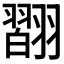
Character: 𦒆